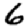
Digit: 6